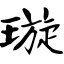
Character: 璇